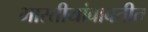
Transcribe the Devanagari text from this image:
भारतीयांबाबतीत